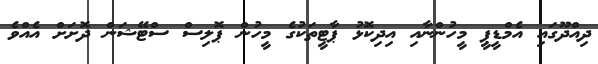
ދިއްދޫގައި އެމްޑީޕީ މީހުންނާއި އިދިކޮޅު ޕާޓީތަކުގެ މީހުން ޕޮލިސް ސްޓޭޝަން ދޮށަށް އެއްވެ